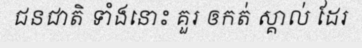
ជនជាតិ ទាំងនោះ គួរ ឲកត់ ស្គាល់ ដែរ